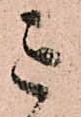
已